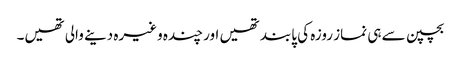
بچپن سے ہی نماز روزہ کی پابند تھیں اور چندہ وغیرہ دینے والی تھیں۔